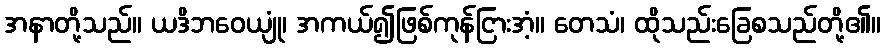
အနာတို့သည်။ ယဒိဘဝေယျုံ၊ အကယ်၍ဖြစ်ကုန်ငြားအံ့။ တေသံ၊ ထိုသည်းခြေစသည်တို့၏။